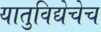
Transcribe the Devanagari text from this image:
यातुविद्येचेच